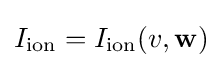
I_{\text{ion}}=I_{\text{ion}}(v,\mathbf {w} )